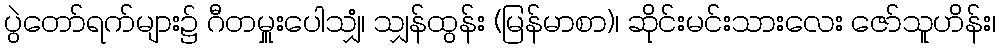
ပွဲတော်ရက်များ၌ ဂီတမှူးပေါသျှံ၊ သျှန်ထွန်း (မြန်မာစာ)၊ ဆိုင်းမင်းသားလေး ဇော်သူဟိန်း၊